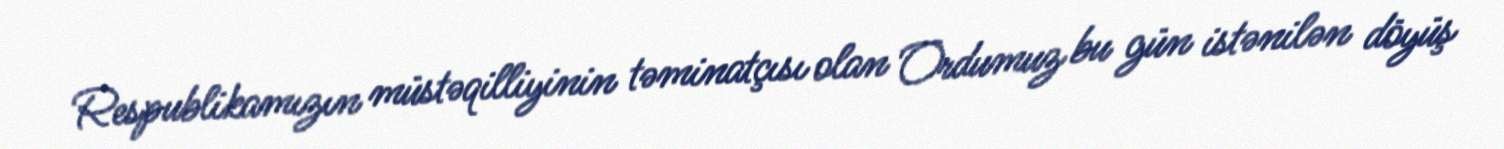
Respublikamızın müstəqilliyinin təminatçısı olan Ordumuz bu gün istənilən döyüş